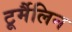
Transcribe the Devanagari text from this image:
टूर्मैलिन